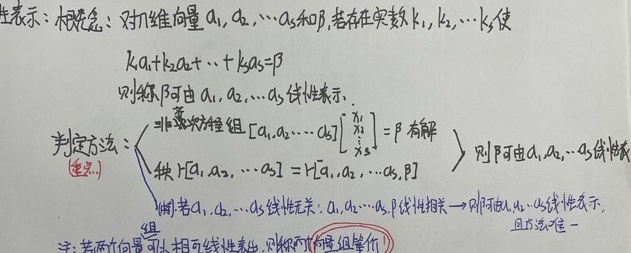
线性表示：
**概念**：对于\(n\)维向量\(\alpha_{1},\alpha_{2},\cdots,\alpha_{s}\)和\(\beta\)，若存在实数\(k_{1},k_{2},\cdots,k_{s}\)使
\[k_{1}\alpha_{1}+k_{2}\alpha_{2}+\cdots +k_{s}\alpha_{s}=\beta\]
则称\(\beta\)可由\(\alpha_{1},\alpha_{2},\cdots,\alpha_{s}\)线性表示。

**判定方法**：
 - 非齐次方程组\(\begin{bmatrix}\alpha_{1},\alpha_{2},\cdots,\alpha_{s}\end{bmatrix}\begin{bmatrix}x_{1}\\x_{2}\\\vdots\\x_{s}\end{bmatrix}=\beta\)有解  \(\Rightarrow\) \(\beta\)可由\(\alpha_{1},\alpha_{2},\cdots,\alpha_{s}\)线性表
 - 秩\(r[\alpha_{1},\alpha_{2},\cdots,\alpha_{s}]=r[\alpha_{1},\alpha_{2},\cdots,\alpha_{s},\beta]\)

注：若\(\alpha_{1},\alpha_{2},\cdots,\alpha_{s}\)线性无关，\(\alpha_{1},\alpha_{2},\cdots,\alpha_{s},\beta\)线性相关\(\Rightarrow\)\(\beta\)可由\(\alpha_{1},\cdots,\alpha_{s}\)线性表示，且方法唯一。

注：若两向量组可相互线性表出，则称两向量组等价。